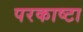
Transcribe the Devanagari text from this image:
परकाष्टा